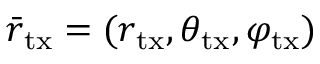
\bar { r } _ { \mathrm { t x } } = ( r _ { \mathrm { t x } } , \theta _ { \mathrm { t x } } , \varphi _ { \mathrm { t x } } )